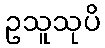
ဥသူသုပိ